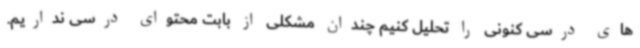
های درسی کنونی را تحلیل کنیم چندان مشکلی از بابت محتوای درسی نداریم.